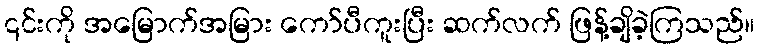
၎င်းကို အမြောက်အမြား ကော်ပီကူးပြီး ဆက်လက် ဖြန့်ချိခဲ့ကြသည်။